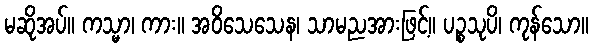
မဆိုအပ်။ ကသ္မာ၊ ကား။ အဝိသေသေန၊ သာမညအားဖြင့်။ ပဉ္စသုပိ၊ ကုန်သော။